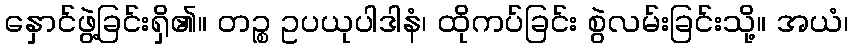
နှောင်ဖွဲ့ခြင်းရှိ၏။ တဉ္စ ဥပယုပါဒါနံ၊ ထိုကပ်ခြင်း စွဲလမ်းခြင်းသို့။ အယံ၊